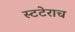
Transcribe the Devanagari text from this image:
स्टटेराच